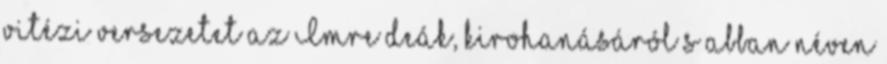
vitézi versezetet az Imre deák, kirohanásáról s abban néven